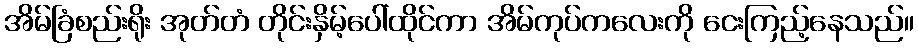
အိမ်ခြံစည်းရိုး အုတ်တံ တိုင်းနှိမ့်ပေါ်ထိုင်ကာ အိမ်ကုပ်ကလေးကို ငေးကြည့်နေသည်။